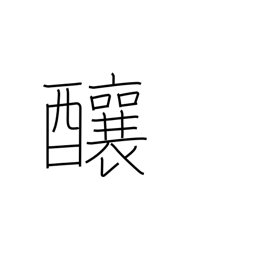
Meaning: cause